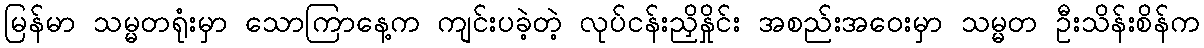
မြန်မာ သမ္မတရုံးမှာ သောကြာနေ့က ကျင်းပခဲ့တဲ့ လုပ်ငန်းညှိနှိုင်း အစည်းအဝေးမှာ သမ္မတ ဦးသိန်းစိန်က